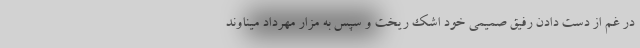
در غم از دست دادن رفیق صمیمی خود اشک ریخت و سپس به مزار مهرداد میناوند